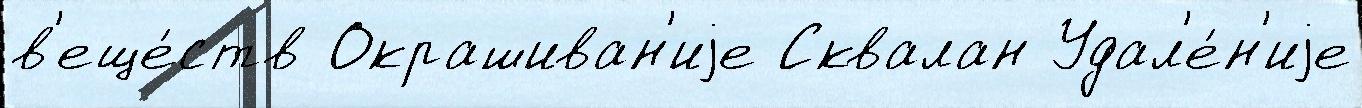
в'еще́ств Окрашиван'иjе Сквалан Удал'е́н'иjе